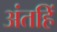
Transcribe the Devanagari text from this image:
अंतहिं